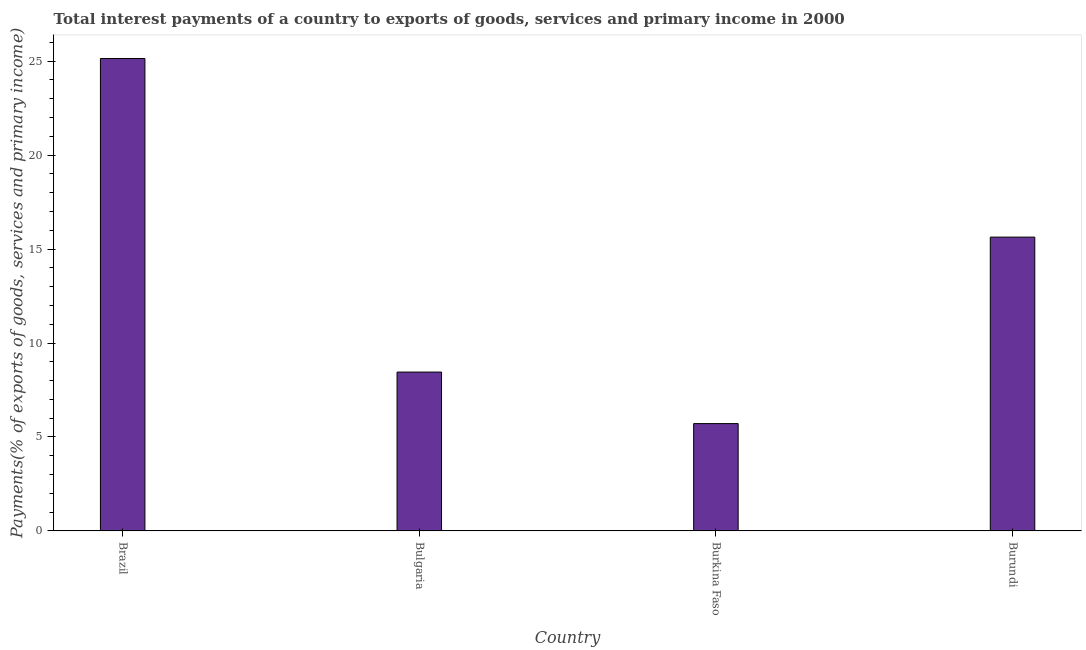
| Country | Interest payments on external debt |
 | --- | --- |
 | Brazil | 25.1 |
 | Bulgaria | 8.45 |
 | Burkina Faso | 5.71 |
 | Burundi | 15.6 |